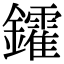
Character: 𨯟